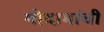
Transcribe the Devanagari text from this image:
गोदामांची